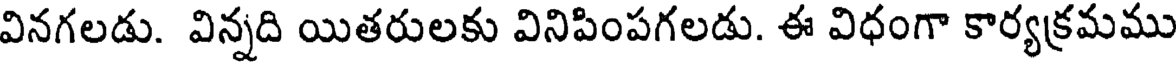
వినగలడు. విన్నది యితరులకు వినిపింపగలడు. ఈ విధంగా కార్యక్రమము